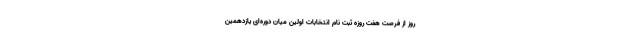
روز از فرصت هفت روزه ثبت نام انتخابات اولین میان دوره‌ای یازدهمین